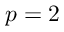
p = 2